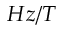
H z / T